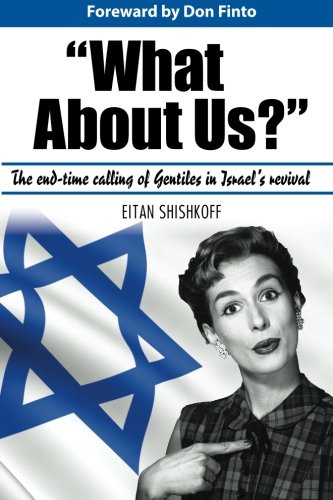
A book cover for What About Us?; Eitan Shishkoff; Christian Books & Bibles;